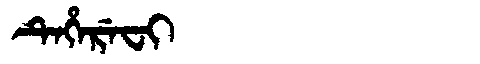
Manchu: ᡨᡝᡥᡝᡵᡝᠸᡳ
Romanization: TEHEREFI